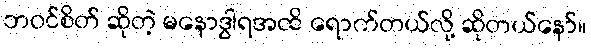
ဘဝင်စိတ် ဆိုတဲ့ မနောဒွါရအထိ ရောက်တယ်လို့ ဆိုတယ်နော်။